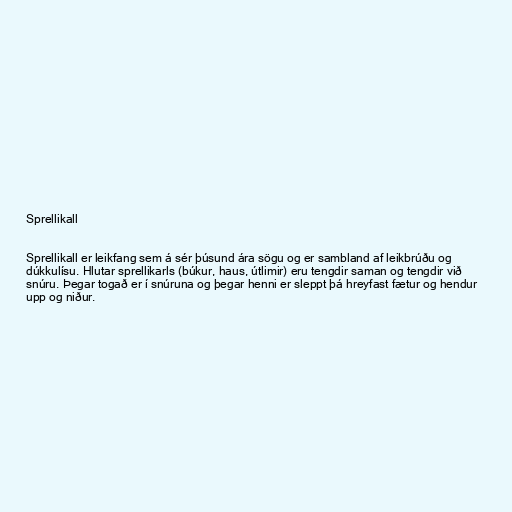
Sprellikall

Sprellikall er leikfang sem á sér þúsund ára sögu og er sambland af leikbrúðu og
dúkkulísu. Hlutar sprellikarls (búkur, haus, útlimir) eru tengdir saman og tengdir við
snúru. Þegar togað er í snúruna og þegar henni er sleppt þá hreyfast fætur og hendur
upp og niður.